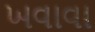
ખવાવા